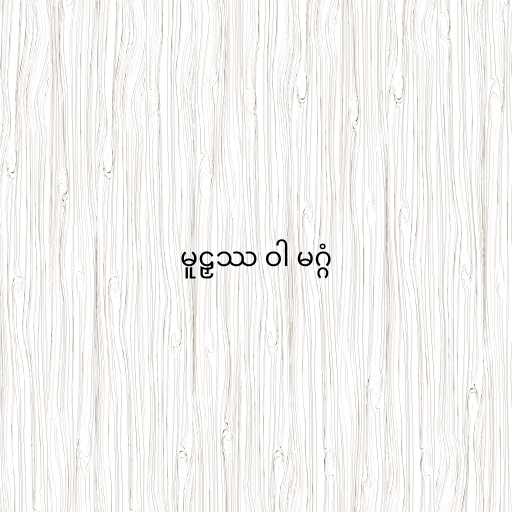
မူဠှဿ ဝါ မဂ္ဂံ